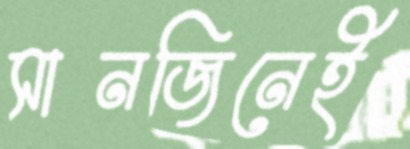
সানজিনেই